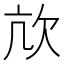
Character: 㰠